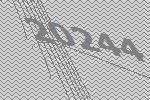
20244